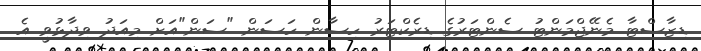
ޑިޒާސްޓާ މެނޭޖްމަންޓު ސެންޓަރުގެ ޑިރެކްޓަރު ހިސާން ހަސަން "ސަން"އަށް މިއަދު ވިދާޅުވީ އެ